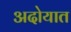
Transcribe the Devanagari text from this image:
अदोयात